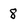
Character: 8